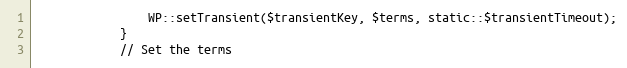
Language: PHP
                WP::setTransient($transientKey, $terms, static::$transientTimeout);
            }
            // Set the terms